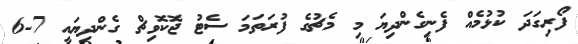
ފޯރިގަދަ ކުޅުމެއް ފެނިގެންދިޔަ މި މެޗުގެ ފުރަތަމަ ސެޓު ޖޮކޮވިޗް ގެންދިޔައީ 7-6